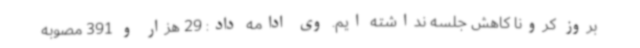
بروز کرونا کاهش جلسه نداشته ایم. وی ادامه داد: 29 هزار و 391 مصوبه